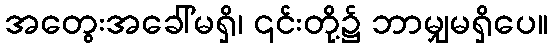
အတွေးအခေါ်မရှိ၊ ၎င်းတို့၌ ဘာမျှမရှိပေ။